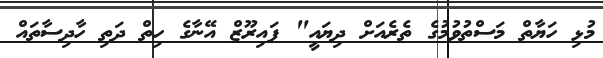
މުޅި ހަޔާތް މަސްތުވުމުގެ ތެރެއަށް ދިޔައީ" ފައިރޫޒް އޭނާގެ ހިތް ދަތި ހާދިސާތައް